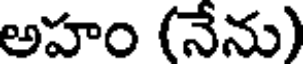
అహం (నేను)